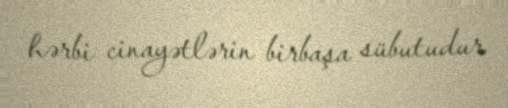
hərbi cinayətlərin birbaşa sübutudur.